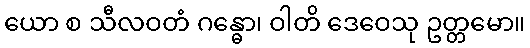
ယော စ သီလဝတံ ဂန္ဓော၊ ဝါတိ ဒေဝေသု ဥတ္တမော။